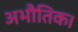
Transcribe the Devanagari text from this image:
अभौतिक।